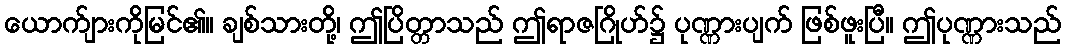
ယောက်ျားကိုမြင်၏။ ချစ်သားတို့၊ ဤပြိတ္တာသည် ဤရာဇဂြိုဟ်၌ ပုဏ္ဏားပျက် ဖြစ်ဖူးပြီ။ ဤပုဏ္ဏားသည်